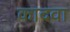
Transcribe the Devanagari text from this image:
कादवा